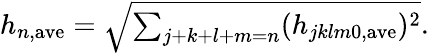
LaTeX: \begin{array}{r}{h_{{n,\mathrm{ave}}}=\sqrt{\sum_{j+k+l+m=n}(h_{jklm0,\mathrm{ave}})^{2}}.}\end{array}